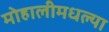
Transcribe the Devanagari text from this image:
मोहालीमधल्या